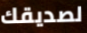
لصديقك